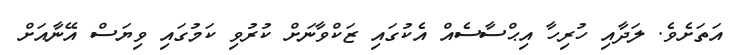
އަތަށެވެ. ލަދާއި ހުރިހާ އިޙްސާސެއް އެކުގައި ޒަކްވާނަށް ކުރުވި ކަމުގައި ވިޔަސް އޭނާއަށް